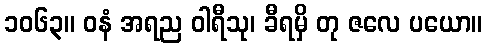
၁၀၆၃။ ဝနံ အရည ဝါရီသု၊ ခီရမှိ တု ဇလေ ပယော။